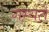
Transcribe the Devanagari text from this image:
गम्यते